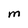
Character: M